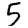
Digit: 5